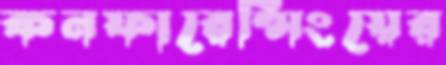
কনফারেন্সিংয়ের